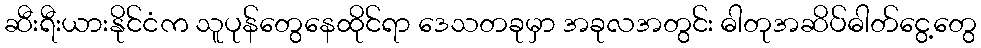
ဆီးရီးယားနိုင်ငံက သူပုန်တွေနေထိုင်ရာ ဒေသတခုမှာ အခုလအတွင်း ဓါတုအဆိပ်ဓါတ်ငွေ့တွေ